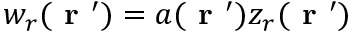
w _ { r } ( \textbf { r } ^ { \prime } ) = a ( \textbf { r } ^ { \prime } ) z _ { r } ( \textbf { r } ^ { \prime } )